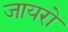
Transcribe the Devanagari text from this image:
जायरो